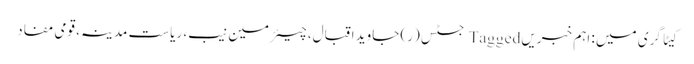
کیٹاگری میں : اہم خبریں Tagged جسٹس (ر) جاوید اقبال، چیئرمین نیب، ریاست مدینہ، قومی مفاد